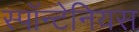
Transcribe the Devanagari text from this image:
स्पॉन्टेनियस